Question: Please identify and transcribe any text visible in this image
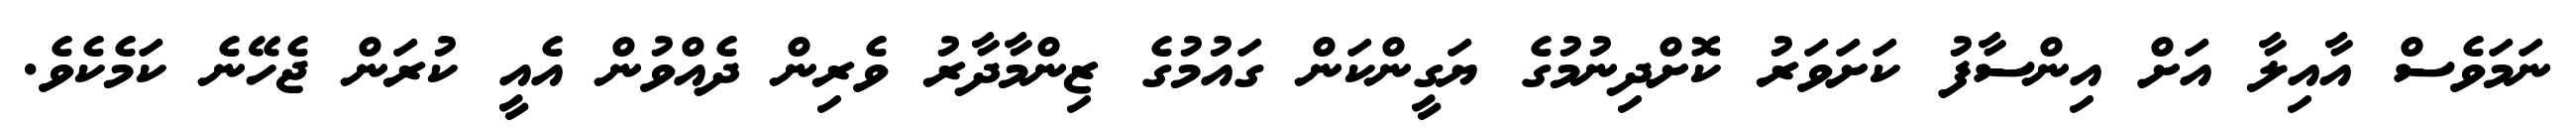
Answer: ނަމަވެސް އާއިލާ އަށް އިންސާފު ކަށަވަރު ކޮށްދިނުމުގެ ޔަގީންކަން ގައުމުގެ ޒިންމާދާރު ވެރިން ދެއްވުން އެއީ ކުރަން ޖެހޭނެ ކަމެކެވެ.